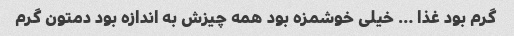
گرم بود غذا … خیلی خوشمزه بود همه چیزش به اندازه بود دمتون گرم